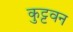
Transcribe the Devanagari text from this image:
कुट्टवन